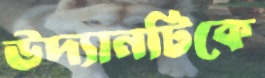
উদ্যানটিকে